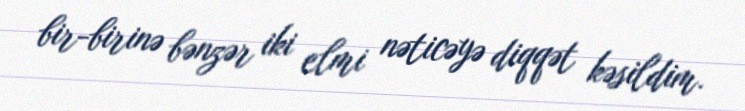
bir-birinə bənzər iki elmi nəticəyə diqqət kəsildim.